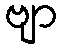
ဗျာ